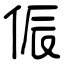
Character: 侲